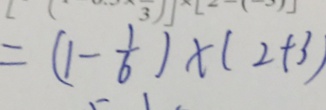
= ( 1 - \frac { 1 } { 6 } ) \times ( 2 + 3 )